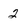
Character: 2